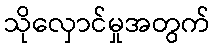
သိုလှောင်မှုအတွက်